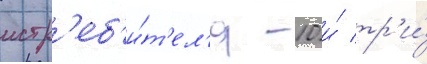
истр'еб'и́т'ел'я -10 и́ тр'и́